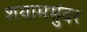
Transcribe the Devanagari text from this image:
शयामसुंदर